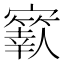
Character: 𡫬